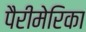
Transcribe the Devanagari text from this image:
पैरीमेरिका